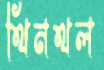
থিনথল